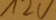
Text: 12V